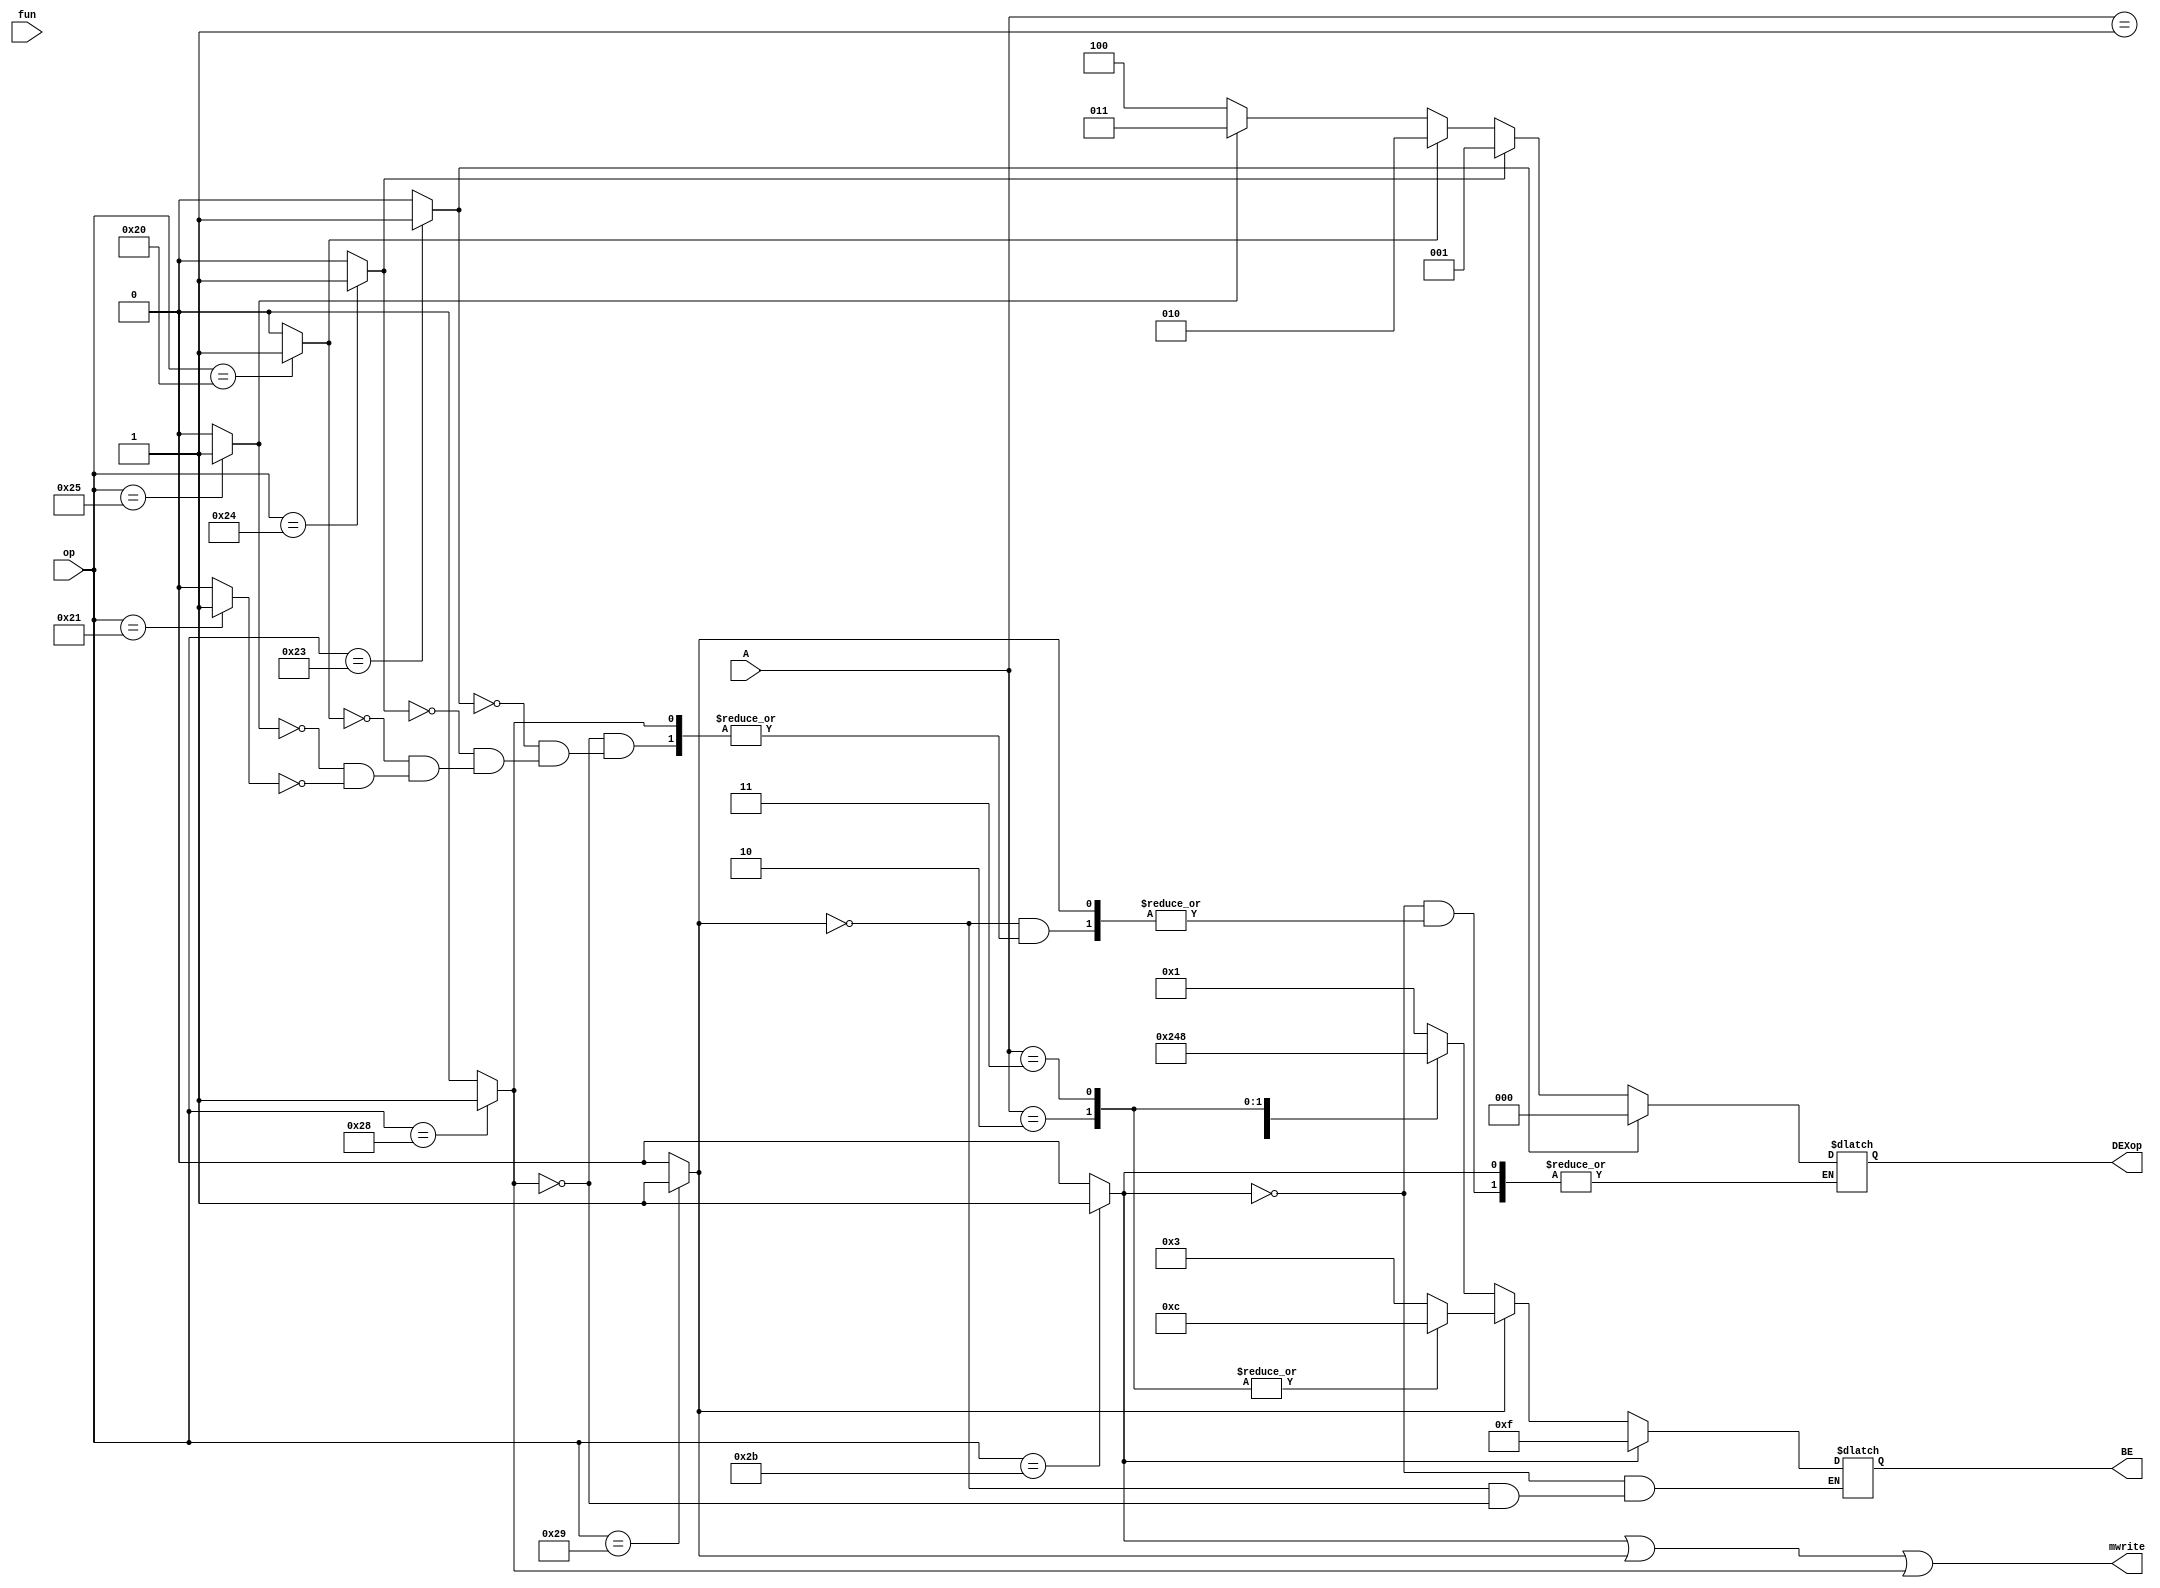
`timescale 1ns / 1ps
//////////////////////////////////////////////////////////////////////////////////
// Company: 
// Engineer: 
// 
// Design Name: 
// Module Name:    Mcontroller 
// Project Name: 
// Target Devices: 
// Tool versions: 
// Description: 
//
// Dependencies: 
//
// Revision: 
// Revision 0.01 - File Created
// Additional Comments: 
//
//////////////////////////////////////////////////////////////////////////////////
module Mcontroller(
    input [5:0]op,
    input [5:0]fun,
	 input [1:0]A,
    output mwrite,
	 output reg[3:0]BE,
	 output reg[2:0]DEXop
    );
	 parameter SW=6'b101011,
	           SH=6'b101001,
				  SB=6'b101000,
				  LB=6'b100000,
				  LBU=6'b100100,
				  LH=6'b100001,
				  LHU=6'b100101,
				  LW=6'b100011;
    wire sw,sh,sb;
	 wire lb,lbu,lh,lhu,lw;
	 assign sw=(op==SW)?1:0;
	 assign sh=(op==SH)?1:0;
	 assign sb=(op==SB)?1:0;
	 assign lb=(op==LB)?1:0;
	 assign lbu=(op==LBU)?1:0;
	 assign lh=(op==LH)?1:0;
	 assign lhu=(op==LHU)?1:0;
	 assign lw=(op==LW)?1:0;
	 
	 assign mwrite=sw||sh||sb;
	 
	 always@(*)begin
	 if(sw) BE<=4'b1111;
	 else if(sh)begin
	   case(A)
		2'b00,2'b01: BE<=4'b0011;
		2'b10,2'b11: BE<=4'b1100;
		endcase
	 end
	 else if(sb)begin
	   case(A)
		2'b00: BE<=4'b0001;
		2'b01: BE<=4'b0010;
		2'b10: BE<=4'b0100;
		2'b11: BE<=4'b1000;
		endcase
	 end
	 else if(lw) DEXop<=3'b000;
    else if(lbu) DEXop<=3'b001;
    else if(lb)	DEXop<=3'b010;
	 else if(lhu) DEXop<=3'b011;
	 else if(lh)  DEXop<=3'b100;
	 end

endmodule